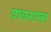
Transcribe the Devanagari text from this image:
वाचनानंतर